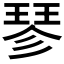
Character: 𪻴